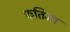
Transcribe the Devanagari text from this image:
फतिमा